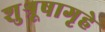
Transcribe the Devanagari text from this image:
शुश्रूषागृहे